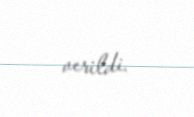
verildi.